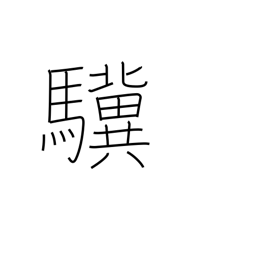
Meaning: talent